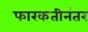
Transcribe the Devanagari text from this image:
फारकतीनंतर